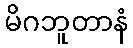
မိဂဘူတာနံ